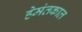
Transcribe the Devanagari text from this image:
हेमंतकाल